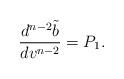
LaTeX: \begin{align*} \frac{d^{n-2}\tilde{b}}{dv^{n-2}}=P_{1}.\end{align*}